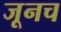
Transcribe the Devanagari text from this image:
जूनच